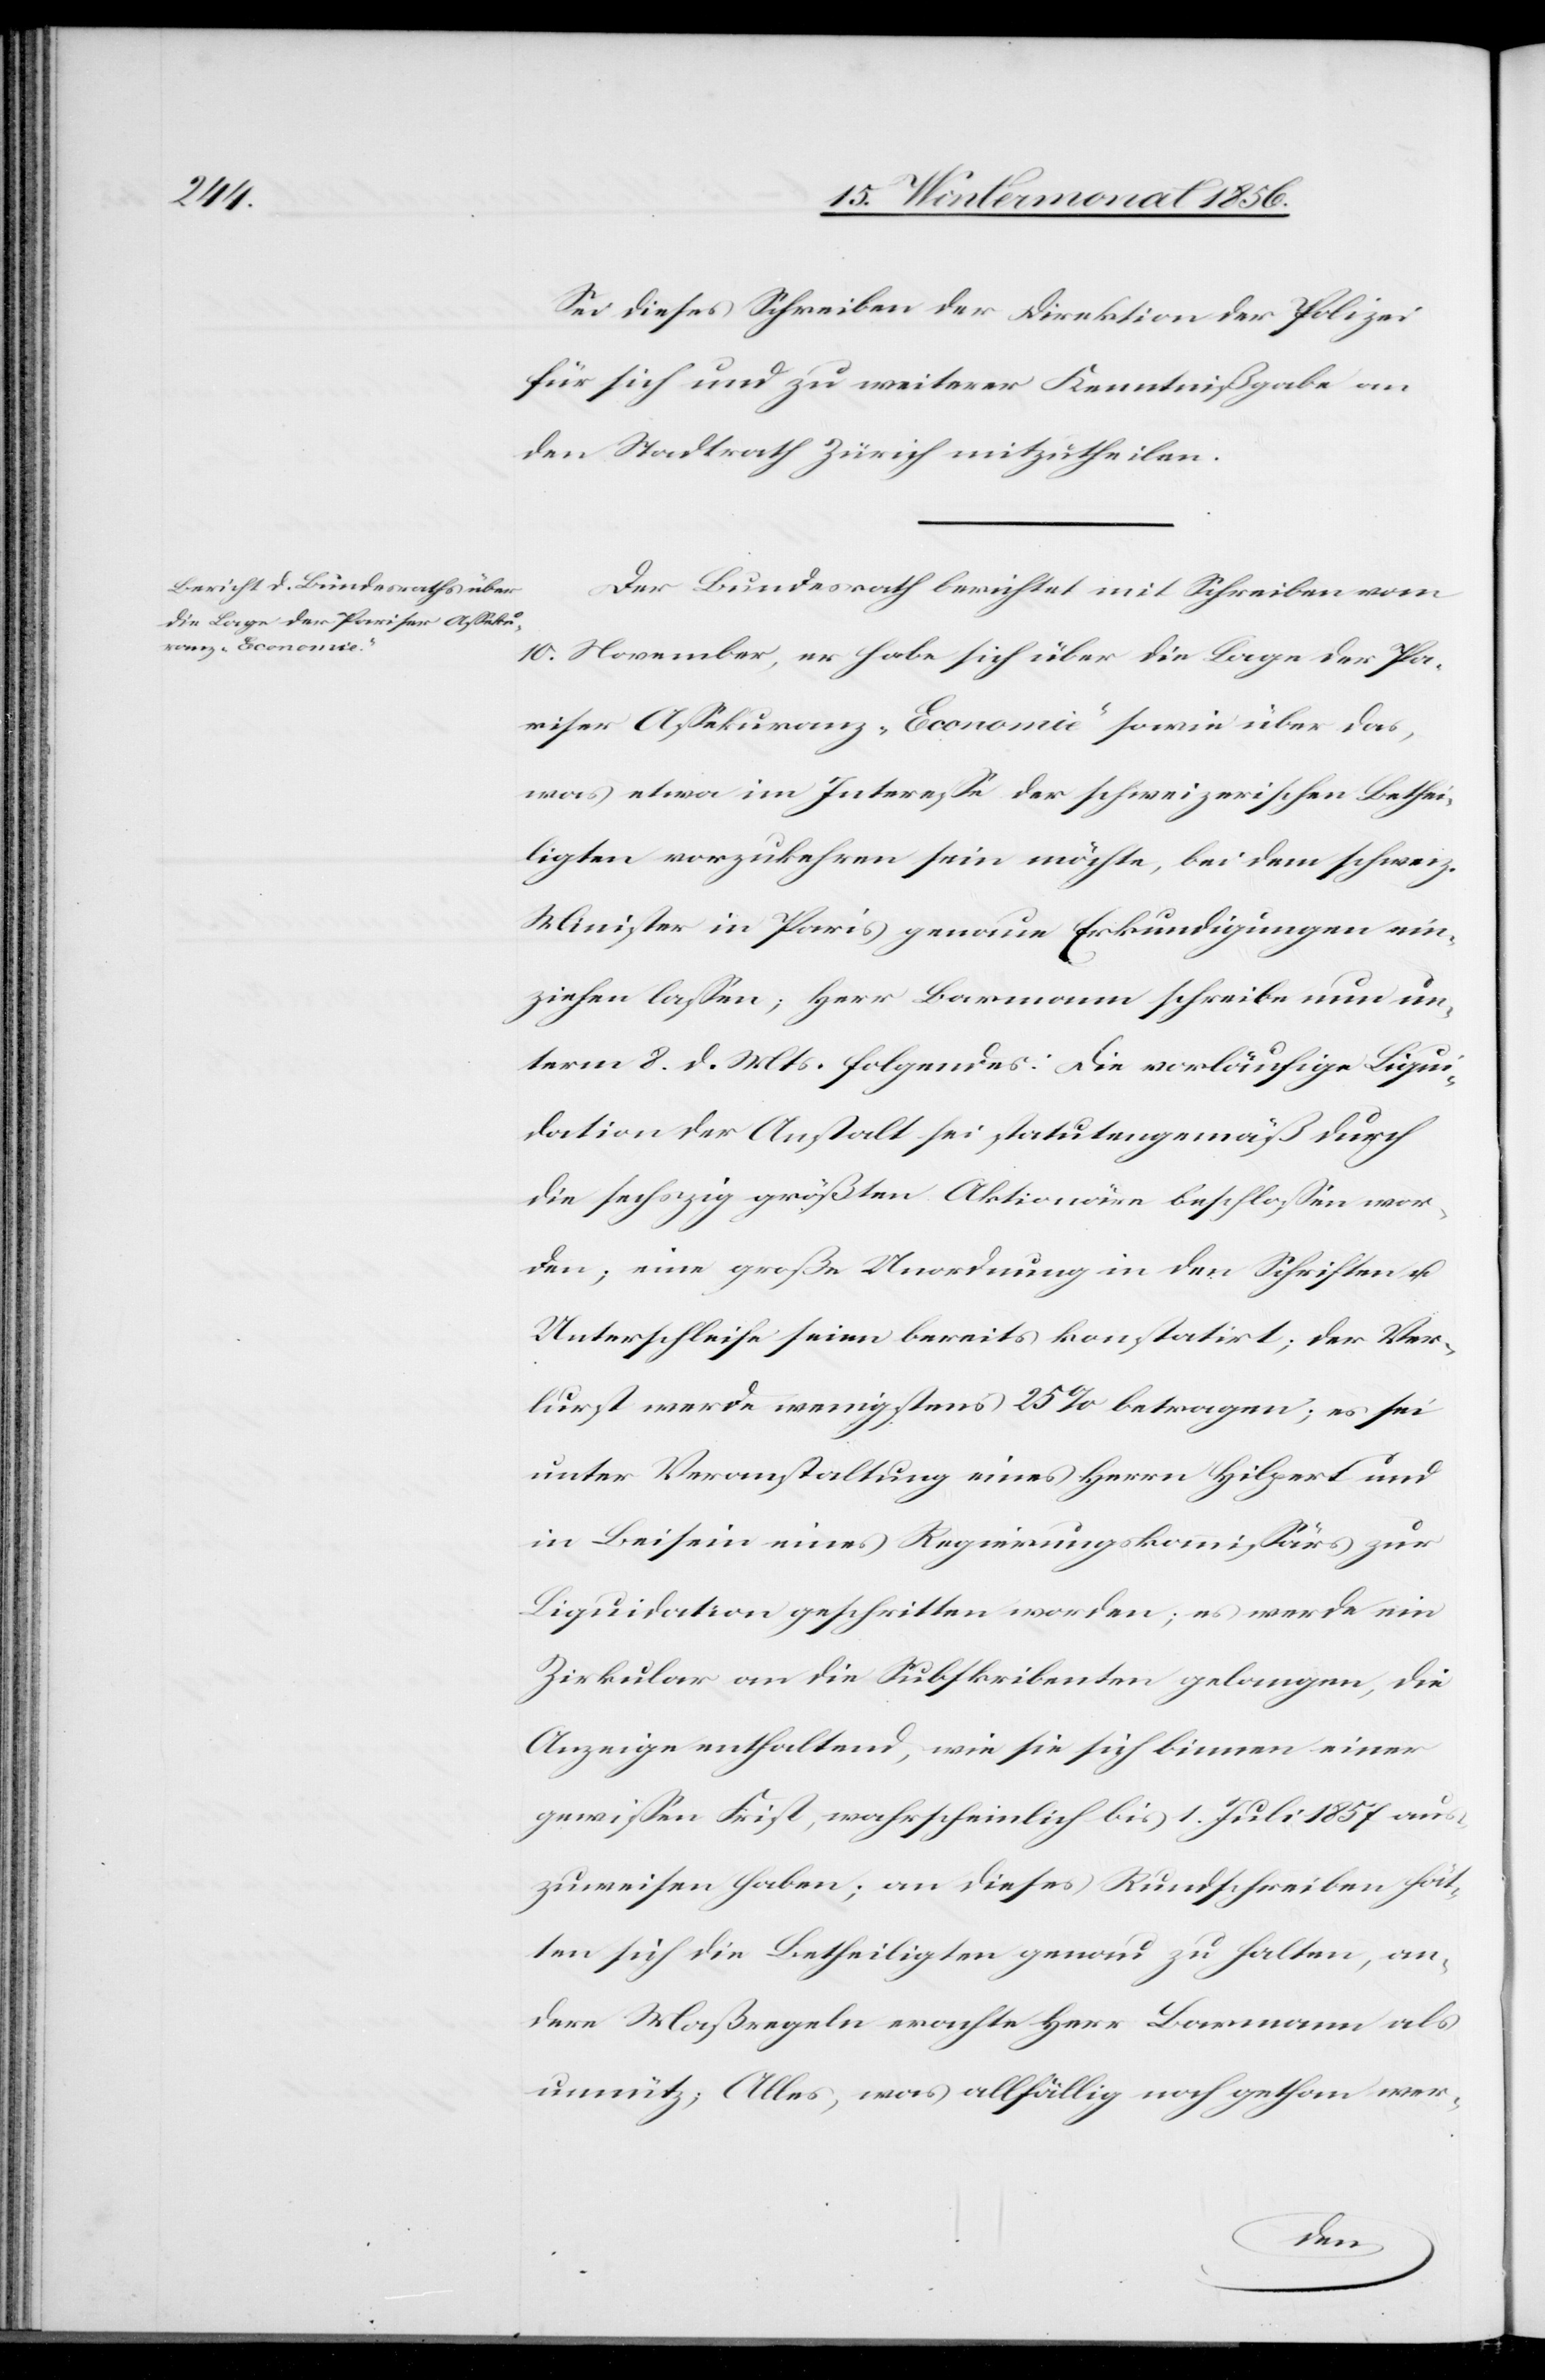
Sei dieses Schreiben der Direktion der Polizei
für sich und zu weiterer Kenntnißgabe an
den Stadtrath Zürich mitzutheilen.
Der Bundesrath berichtet mit Schreiben vom
10. November, er habe sich über die Lage der Pa¬
riser Assekuranz „Economie“ sowie über das,
was etwa im Interesse der schweizerischen Bethei¬
ligten vorzukehren sein möchte, bei dem schweiz.
Minister in Paris genaue Erkundigungen ein¬
ziehen lassen; Herr Barmann schreibe nun un¬
term 8. d. Mts. folgendes: Die vorläufige Liqui¬
dation der Anstalt sei statutengemäß durch
die sechszig größten Aktionäre beschlossen wor¬
den; eine große Unordnung in den Schriften u.
Unterschleife seien bereits konstatirt; der Ver¬
lurst werde wenigstens 25% betragen; es sei
unter Veranstaltung eines Herrn Hilpert und
in Beisein eines Regierungskommissärs zur
Liquidation geschritten worden; es werde ein
Zirkular an die Subskribenten gelangen, die
Anzeige enthaltend, wie sie sich binnen einer
gewissen Frist, wahrscheinlich bis 1 Juli 1857 aus¬
zuweisen haben; an dieses Rundschreiben hät¬
ten sich die Betheiligten genau zu halten, an¬
dere Maßregeln erachte Herr Barmann als
unnütz; Alles, was allfällig noch gethan wer-